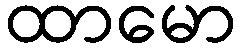
ထာမော